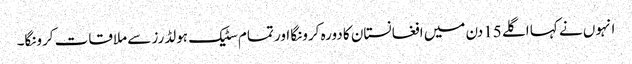
انہوں نے کہا اگلے 15دن میں افغانستان کا دورہ کرونگا اور تمام سٹیک ہولڈرز سے ملاقات کرونگا۔